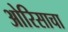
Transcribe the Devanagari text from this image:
ओरिसाचा